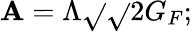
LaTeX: \mathbf{A}=\Lambda\sqrt{}{{\sqrt{}{{2}}G_{F}}};